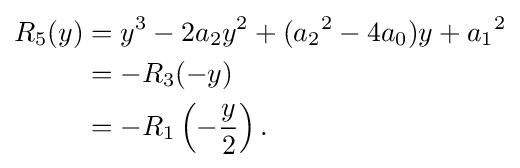
{\begin{aligned}R_{5}(y)&=y^{3}-2a_{2}y^{2}+({a_{2}}^{2}-4a_{0})y+{a_{1}}^{2}\\&=-R_{3}(-y)\\&=-R_{1}\left(-{\frac {y}{2}}\right){\text{.}}\end{aligned}}